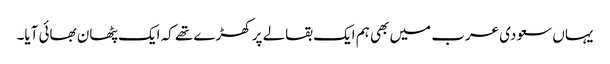
یہاں سعودی عرب میں بھی ہم ایک بقالے پر کھڑے تھے کہ ایک پٹھان بھائی آیا۔